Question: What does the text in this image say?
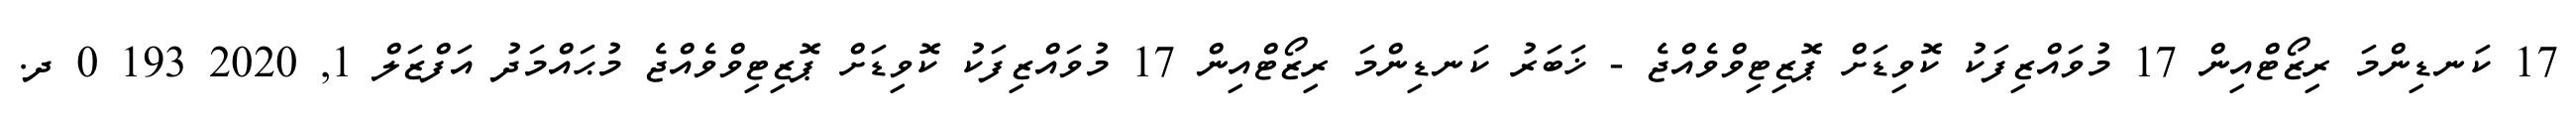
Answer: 17 ކަނޑިންމަ ރިޒޯޓްއިން 17 މުވައްޒިފަކު ކޮވިޑަށް ޕޮޒިޓިވްވެއްޖެ - ޚަބަރު ކަނޑިންމަ ރިޒޯޓްއިން 17 މުވައްޒިފަކު ކޮވިޑަށް ޕޮޒިޓިވްވެއްޖެ މުޙައްމަދު އަފްޒަލް 1, 2020 193 0 ދ.